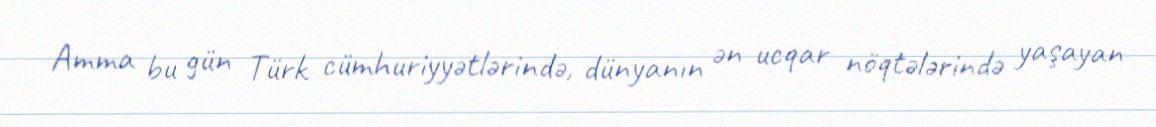
Amma bu gün Türk cümhuriyyətlərində, dünyanın ən ucqar nöqtələrində yaşayan